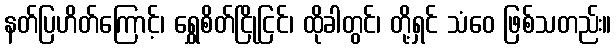
နတ်ပြဟိတ်ကြောင့်၊ ရွှေစိတ်ငြိုငြင်၊ ထိုခါတွင်၊ တို့ရှင် သံဝေ ဖြစ်သတည်း။